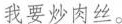
我要炒肉丝。